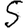
Digit: 5